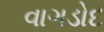
વાગડોદ